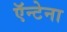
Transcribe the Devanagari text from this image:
ऍन्टेना